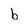
Character: b